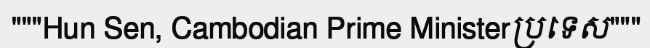
"""Hun Sen, Cambodian Prime Ministerប្រទេស"""